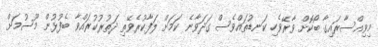
މިވިއްސާރައިގާ ބޯކޮށް ވާރޭވެހި ކަނޑުތައްވެސް ގަދަވާނެ ކަމަށް ލަފާކުރެވޭތި ދަތުރުކުރައްވާ ބެފުޅުން މޫސުމަށް